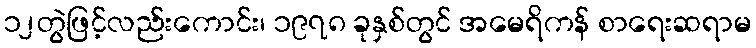
၁၂တွဲဖြင့်လည်းကောင်း၊ ၁၉၇၈ ခုနှစ်တွင် အမေရိကန် စာရေးဆရာမ